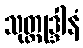
သုတ္တုဒ္ဒါနံ